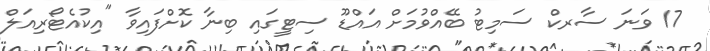
17 ވަނަ ސާރކް ސަމިޓު ބޭއްވުމަށް އައްޑޫ ސިޓީގައި ބިނާ ކޮށްފައިވާ "އިކުއެޓޯރިއަލް